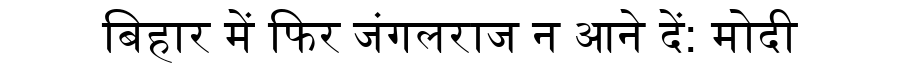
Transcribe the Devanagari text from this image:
बिहार में फिर जंगलराज न आने दें: मोदी